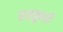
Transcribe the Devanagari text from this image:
राखूनही